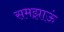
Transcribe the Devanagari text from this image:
समझाऊं